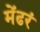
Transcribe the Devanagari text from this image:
मेंढरं